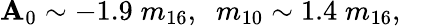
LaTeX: \mathbf{A}_{0}\sim-1.9\; m_{16},\; \; m_{10}\sim1.4\; m_{16},\; \; \;